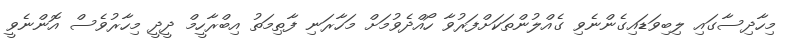
މިހާދިސާގައި ލިބިވަޑައިގެންނެވި ގެއްލުންތަކަށްފަރުވާ ހޯއްދެވުމަށް މަހާރަނި ފާޠިމަތު އިބްރާހީމް ދީދީ މިހާރުވެސް އޮންނެވީ